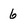
Character: 6